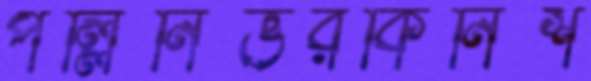
পল্লিনির্ভরকিনিশ